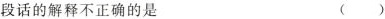
段话的解释不正确的是 ()